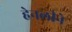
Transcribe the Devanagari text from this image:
हेनलीने